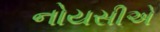
નોયસીએ